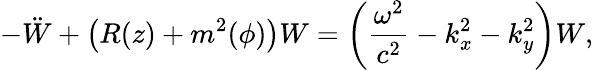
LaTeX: -\ddot{W}+\left(R(z)+m^{2}(\phi)\right)W=\left(\frac{\omega^{2}}{c^{2}}-k_{x}^{2}-k_{y}^{2}\right)W,